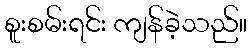
စူးစမ်းရင်း ကျန်ခဲ့သည်။